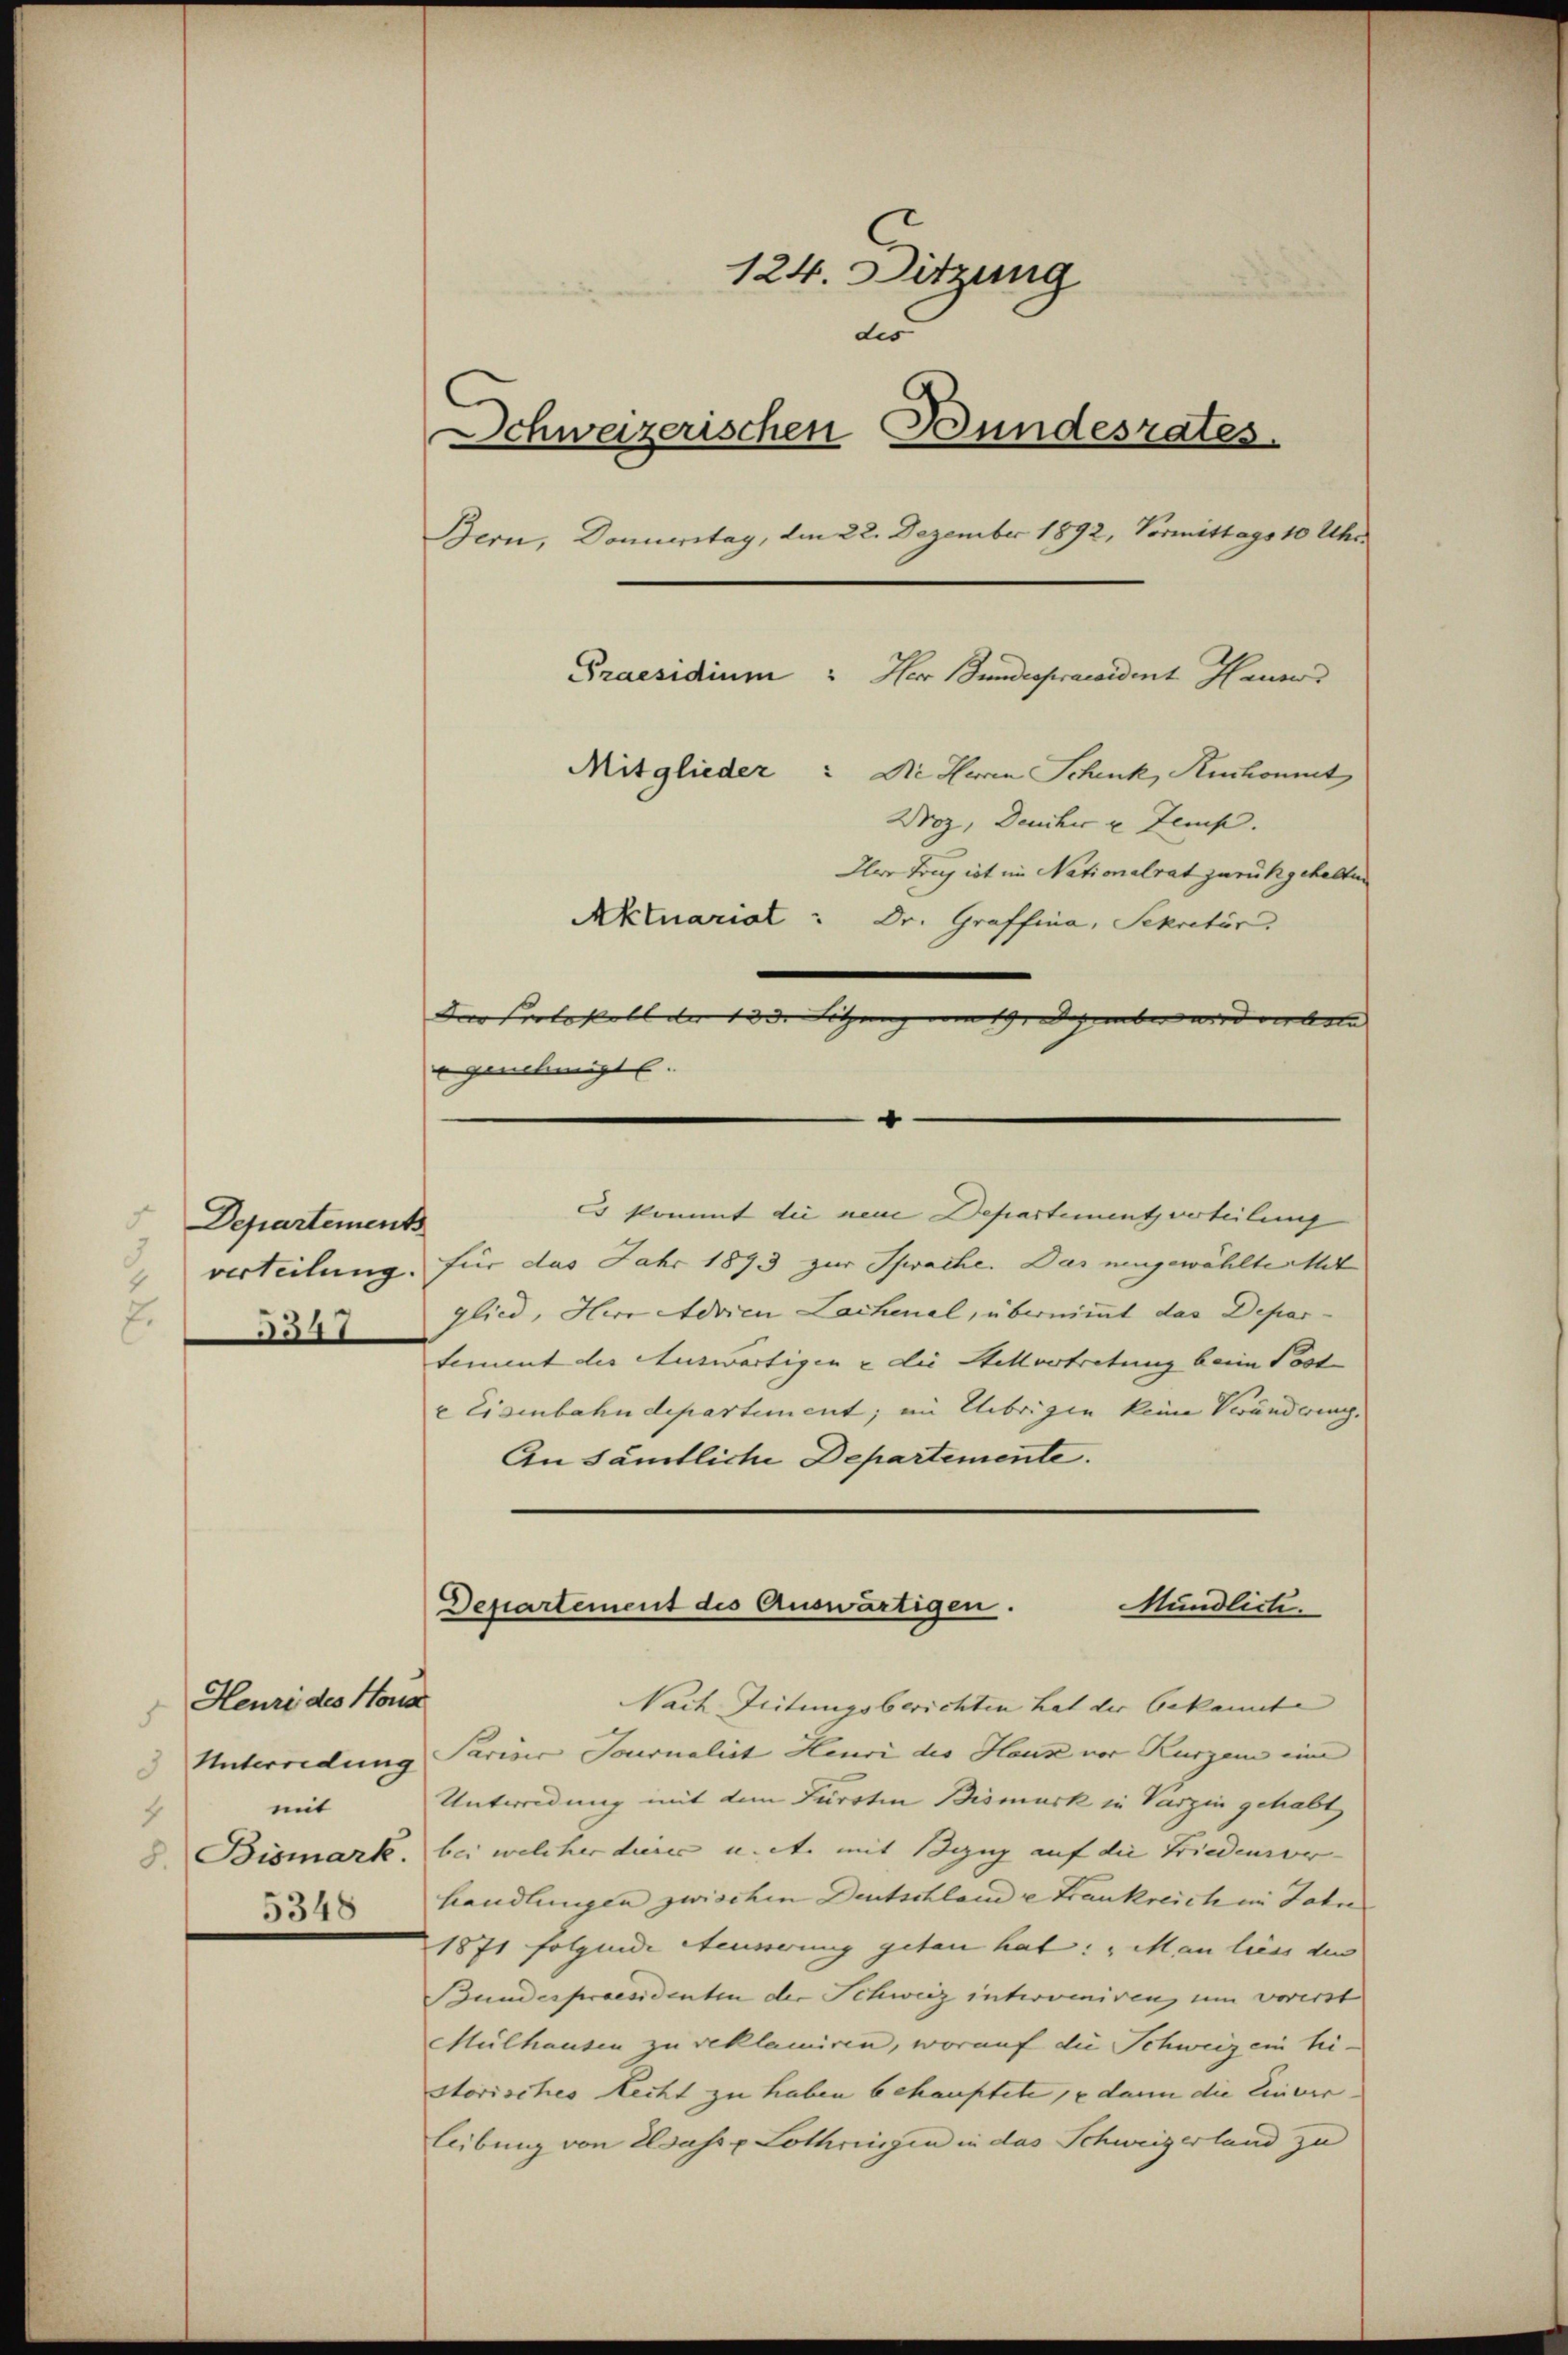
Departements
verteilung.
7.

347

Heuri des Hora
.
Unterredung
mit
4
8. Bismark.
5348

124. Sitzung
des
Schwazerischen Bundesrates.
Bern, Donnerstag, am 22. Dezember 1892, Vormittags 10 Uhr
Praesidium " Herr Bundespraesident Hause
Mitglieder: Die Herrn Schenk, Ruchont
Woz, Deucher u. Zeich.
Iler Trug ist im Nationalrat zurückgehalten
Aktuariat : Dr. Graffina, Sekretär.

genehmigt.
—
Es kommt die neue Departement verteilung
für das Jahr 1893 zur Sprache. Das eingewählte mit
glied, Herr Adrien Lachenal, übernimmt das Departement der Auswärtigen & die Stellvertretung beim Post- |
 Eisenbahndepartement; im Uebrigen keine Veränderung,
An sämtliche Departemente.
Departement des Auswärtigen.
Mundlich.
Nach Zeitungsberichten hat der bekannte
Parisis Journalist Heuri des Haus vor Kurzen eine
Untwendung mit dem Fürsten Bismusk in Verzen gehabt,
bei welcher dieses u. et. mit Bezug auf die Friedener-
handlungen zwischen Deutschlande Frankreich in Jahre
1871 folgende Aeusserung getan hat: „Man liess die
Bundespraesidenten der Schweiz intimiren, um vorerst
Mülhausen zu reklamiren, worauf die Schweiz ein hi-
storisches Recht zu haben behauptete, e dann die Einver-
libung von Wasse Lothringen in das Schweizerland zu

Der Protokoll der 133. Sitzung vom 1. Dezember wird verbote |